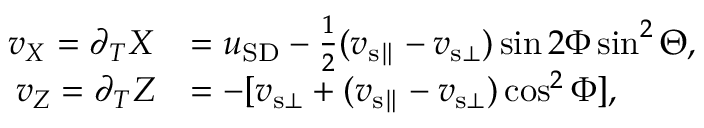
\begin{array} { r l } { v _ { X } = \partial _ { T } X } & { = u _ { \mathrm { S D } } - \frac { 1 } { 2 } ( v _ { { \mathrm { s } } \parallel } - v _ { { \mathrm { s } } \bot } ) \sin 2 \Phi \sin ^ { 2 } \Theta , } \\ { v _ { Z } = \partial _ { T } Z } & { = - [ v _ { { \mathrm { s } } \bot } + ( v _ { { \mathrm { s } } \parallel } - v _ { { \mathrm { s } } \bot } ) \cos ^ { 2 } \Phi ] , } \end{array}